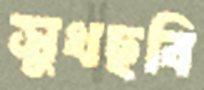
সুখছবি